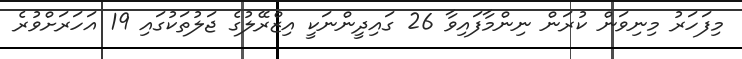
މިފަހަރު މިނިވަން ކުރަން ނިންމާފައިވާ 26 ގައިދީންނަކީ އިޒްރޭލުގެ ޖަލުތަކުގައި 19 އަހަރަށްވުރެ